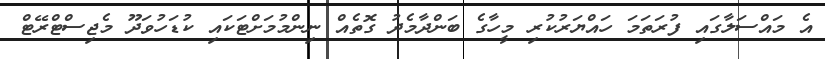
އެ މައްސަލާގައި ފުރަތަމަ ހައްޔަރުކުރި މީހާގެ ބަންދާމެދު ގޮތެއް ނިންމުމަށްޓަކައި ކުޑަހުވަދޫ މެޖިސްޓްރޭޓް